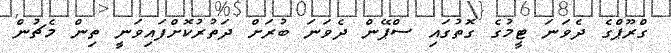
ގްރޫޕްގެ ދެވަނަ ޓީމުގެ ގޮތުގައި ސްޕޭން ދެވަނަ ބުރަށް ދަތުރުކޮށްފައިވަނީ ތިން މެޗުން